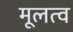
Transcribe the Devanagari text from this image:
मूलत्व